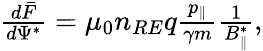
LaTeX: \begin{array}{r}{\frac{d\bar{F}}{d\Psi^{*}}=\mu_{0}n_{RE}q\frac{p_{\| }}{\gamma m}\frac{1}{B_{\| }^{*}},}\end{array}